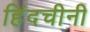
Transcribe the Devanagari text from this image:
हिंदचीनी